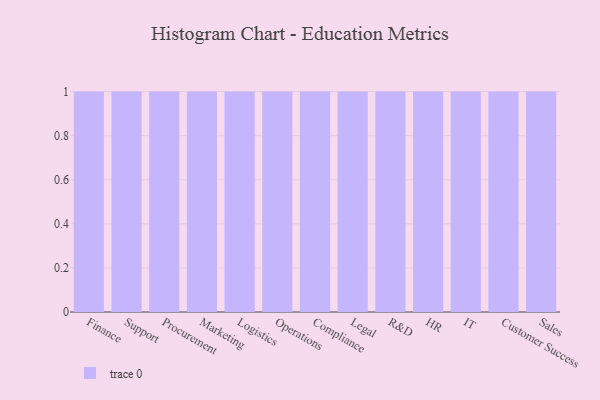
{"axis": {"x": "Department", "y": "Active Users"}, "legend": [""], "data": [{"x": "Finance", "y": 88, "type": ""}, {"x": "Support", "y": 21, "type": ""}, {"x": "Procurement", "y": 97, "type": ""}, {"x": "Marketing", "y": 100, "type": ""}, {"x": "Logistics", "y": 25, "type": ""}, {"x": "Operations", "y": 26, "type": ""}, {"x": "Compliance", "y": 35, "type": ""}, {"x": "Legal", "y": 67, "type": ""}, {"x": "R&D", "y": 99, "type": ""}, {"x": "HR", "y": 86, "type": ""}, {"x": "IT", "y": 52, "type": ""}, {"x": "Customer Success", "y": 5, "type": ""}, {"x": "Sales", "y": 93, "type": ""}]}